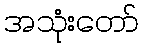
အသုံးတော်